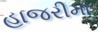
હાજરીમા